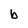
Character: b